Proceedings of the meeting of veterinary officers in India
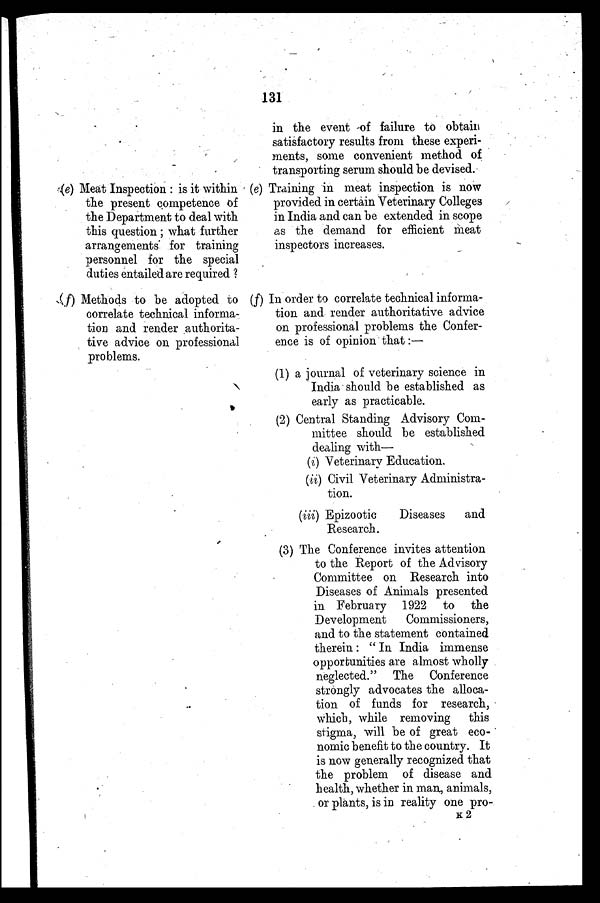
131
(e) Meat Inspection : is it within
tie present competence of
the Department to deal with
this question ; what further
arrangements' for training
personnel for the special
duties entailed are required ?
(f) Methods to be adopted to
correlate technical informa-
tion and render authorita-
tive advice on professional
problems.
in the event of failure to obtain
satisfactory results from these experi-
ments, some convenient method of
transporting serum should be devised.
(e) Training in meat inspection is now
provided in certain Veterinary Colleges
in India and can be extended in scope
as the demand for efficient meat
inspectors increases.
(f) In order to correlate technical informa-
tion and render authoritative advice
on professional problems the Confer-
ence is of opinion that :—
(1) a journal of veterinary science in
India should be established as
early as practicable.
(2) Central Standing Advisory Com-
mittee should be established
dealing with—
(i) Veterinary Education.
(ii) Civil Veterinary Administra-
tion.
(iii) Epizootic
Diseases
and
Research.
(3) The Conference invites attention
to the Report of the Advisory
Committee on Research into
Diseases of Animals presented
in February 1922 to the
Development
Commissioners,
and to the statement contained
therein : " In India immense
opportunities are almost wholly
neglected." The Conference
strongly advocates the alloca-
tion of funds for research,
which, while removing
this
stigma, will be of great eco-
nomic benefit to the country. It
is now generally recognized that
the problem of disease and
health, whether in man, animals,
or plants, is in reality one pro-
K 2